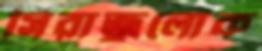
সিরাজুলোক